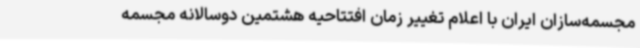
مجسمه‌سازان ایران با اعلام تغییر زمان افتتاحیه هشتمین دوسالانه مجسمه